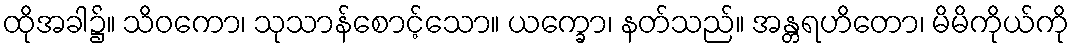
ထိုအခါ၌။ သိဝကော၊ သုသာန်စောင့်သော။ ယက္ခော၊ နတ်သည်။ အန္တရဟိတော၊ မိမိကိုယ်ကို